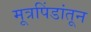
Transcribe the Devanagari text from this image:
मूत्रपिंडांतून